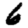
Digit: 6